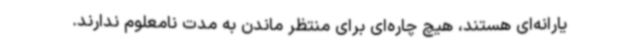
یارانه‌ای هستند، هیچ چاره‌ای برای منتظر ماندن به مدت نامعلوم ندارند.